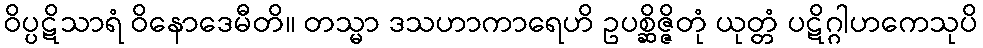
ဝိပ္ပဋိသာရံ ဝိနောဒေမီတိ။ တသ္မာ ဒသဟာကာရေဟိ ဥပစ္ဆိဇ္ဇိတုံ ယုတ္တံ ပဋိဂ္ဂါဟကေသုပိ